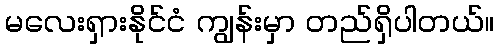
မလေးရှားနိုင်ငံ ကျွန်းမှာ တည်ရှိပါတယ်။